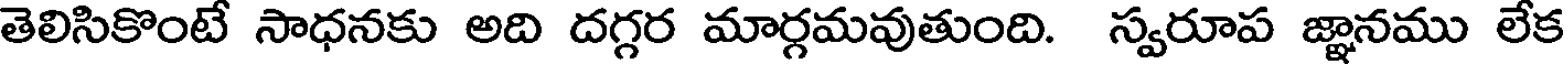
తెలిసికొంటే సాధనకు అది దగ్గర మార్గమవుతుంది. స్వరూప జ్ఞానము లేక